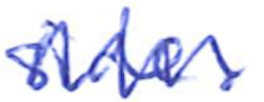
Text: side.
Cross-out: zig-zag
Writing tool: ballpoint